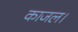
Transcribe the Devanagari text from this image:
काजल।